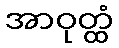
အာဝုတ္ထံ